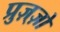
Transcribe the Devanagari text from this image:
प्रुज़्ज़ो